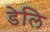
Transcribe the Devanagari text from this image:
डेलि